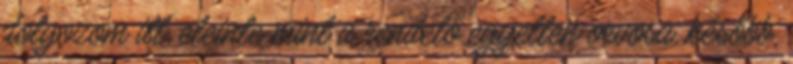
dolgozom itt, eleinte mint a rendelő egyetlen orvosa, később,